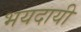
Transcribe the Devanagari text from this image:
भयदायी